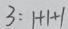
3 : 1 + 1 + 1